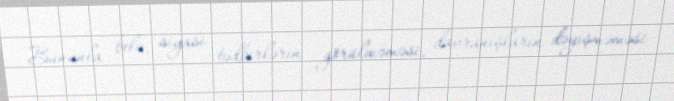
Bununla belə, siyasi tədbirlərin görülməməsi, davranışların dəyişməməsi